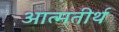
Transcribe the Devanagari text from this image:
आत्मतीर्थ